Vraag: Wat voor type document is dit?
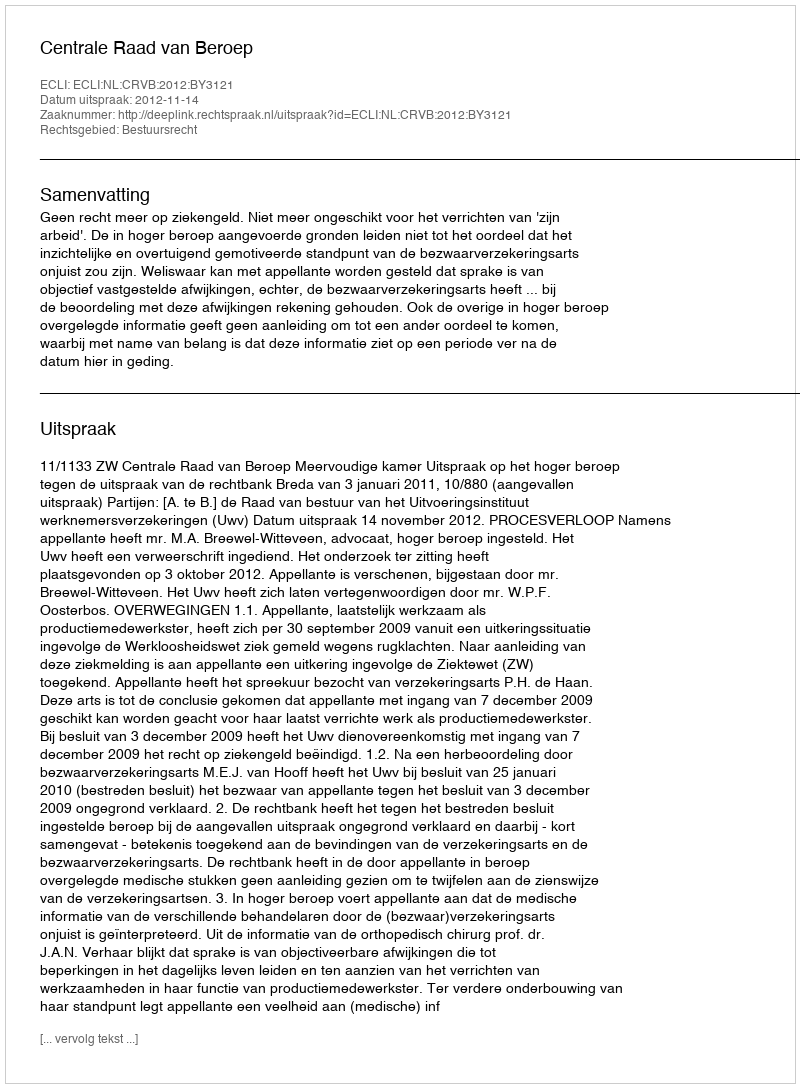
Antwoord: Uitspraak